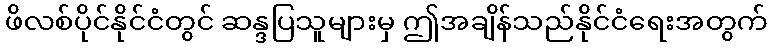
ဖိလစ်ပိုင်နိုင်ငံတွင် ဆန္ဒပြသူများမှ ဤအချိန်သည်နိုင်ငံရေးအတွက်